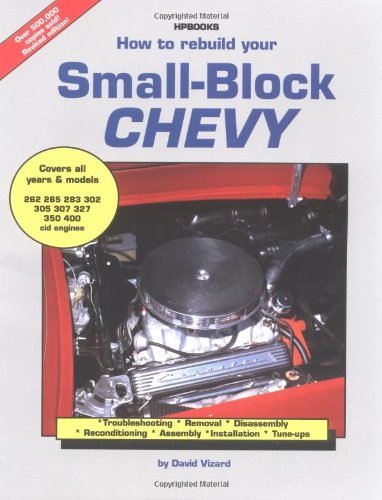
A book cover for How to Rebuild Your Small-Block Chevy; David Vizard; Engineering & Transportation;